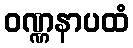
ဝဏ္ဏနာပထံ